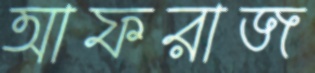
আফরাজ